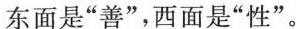
(2)”字”的东面是”经”，西面是”三”；”本”的